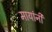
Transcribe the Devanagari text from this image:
मायांनी